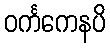
ဝင်္ကကေနပိ